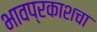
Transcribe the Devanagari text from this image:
भावप्रकाशचा